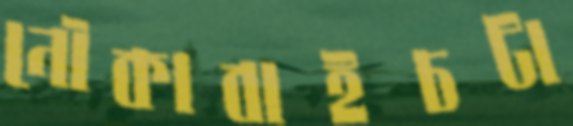
নৌকাবাইচটা